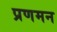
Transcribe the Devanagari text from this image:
प्रणमन